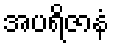
အပရိဇာနံ